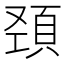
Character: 𩒍